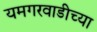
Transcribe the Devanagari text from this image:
यमगरवाडीच्या